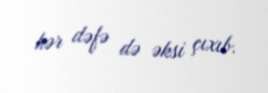
hər dəfə də əksi çıxıb.